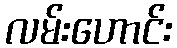
လမ်းဟောင်း